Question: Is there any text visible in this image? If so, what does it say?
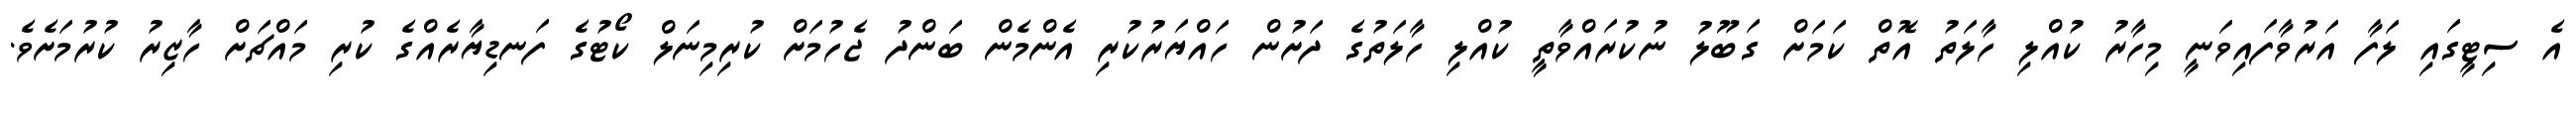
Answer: އެ ސިޓީގައި ލަފާ އަރުވާފައިވަނީ މިހާރު ކުއްލި ހާލަތު އޮތް ކަމަށް ގަބޫލު ނުކުރައްވާތީ ކުއްލި ހާލަތުގެ ދަށުން ހައްޔަރުކުރި އެންމެން ބަންދު ޖެހުމަށް ކުރިމިނަލް ކޯޓުގެ ފަނޑިޔާރެއްގެ ކުރި މައްޗަށް ހާޒިރު ކުރުމަށެވެ.